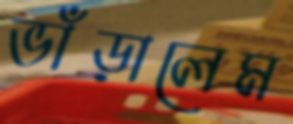
ভাঁড়ালেম